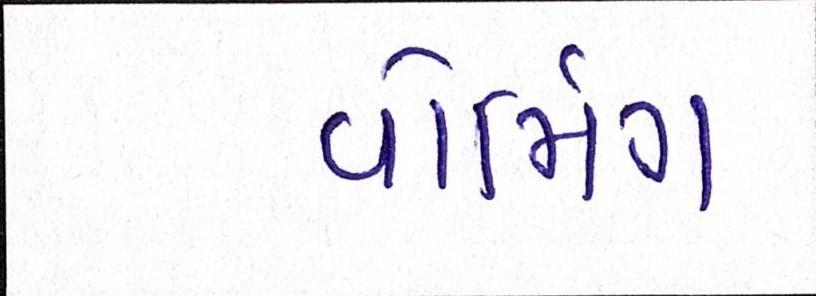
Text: વોર્મિંગ